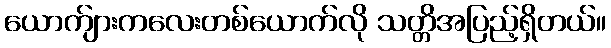
ယောက်ျားကလေးတစ်ယောက်လို သတ္တိအပြည့်ရှိတယ်။